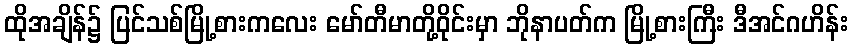
ထိုအချိန်၌ ပြင်သစ်မြို့စားကလေး မော်တီမာတို့ဝိုင်းမှာ ဘိုနာပတ်က မြို့စားကြီး ဒီအင်ဂဟိန်း